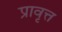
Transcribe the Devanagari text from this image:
प्रावृत्त